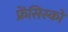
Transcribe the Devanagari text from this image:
फ्रेंसिस्‍को